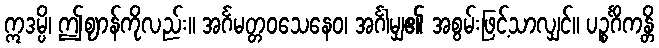
ဣဒမ္ပိ၊ ဤဈာန်ကိုလည်း။ အင်္ဂမတ္တဝသေနေဝ၊ အင်္ဂါမျှ၏ အစွမ်းဖြင့်သာလျှင်။ ပဉ္စင်္ဂိကန္တိ